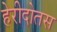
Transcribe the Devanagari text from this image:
हेरीदोतस